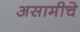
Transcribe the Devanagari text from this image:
असामीचे